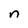
Character: n